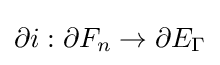
\partial i:\partial F_{n}\to \partial E_{\Gamma }